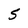
Character: 5